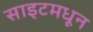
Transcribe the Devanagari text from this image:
साइटमधून